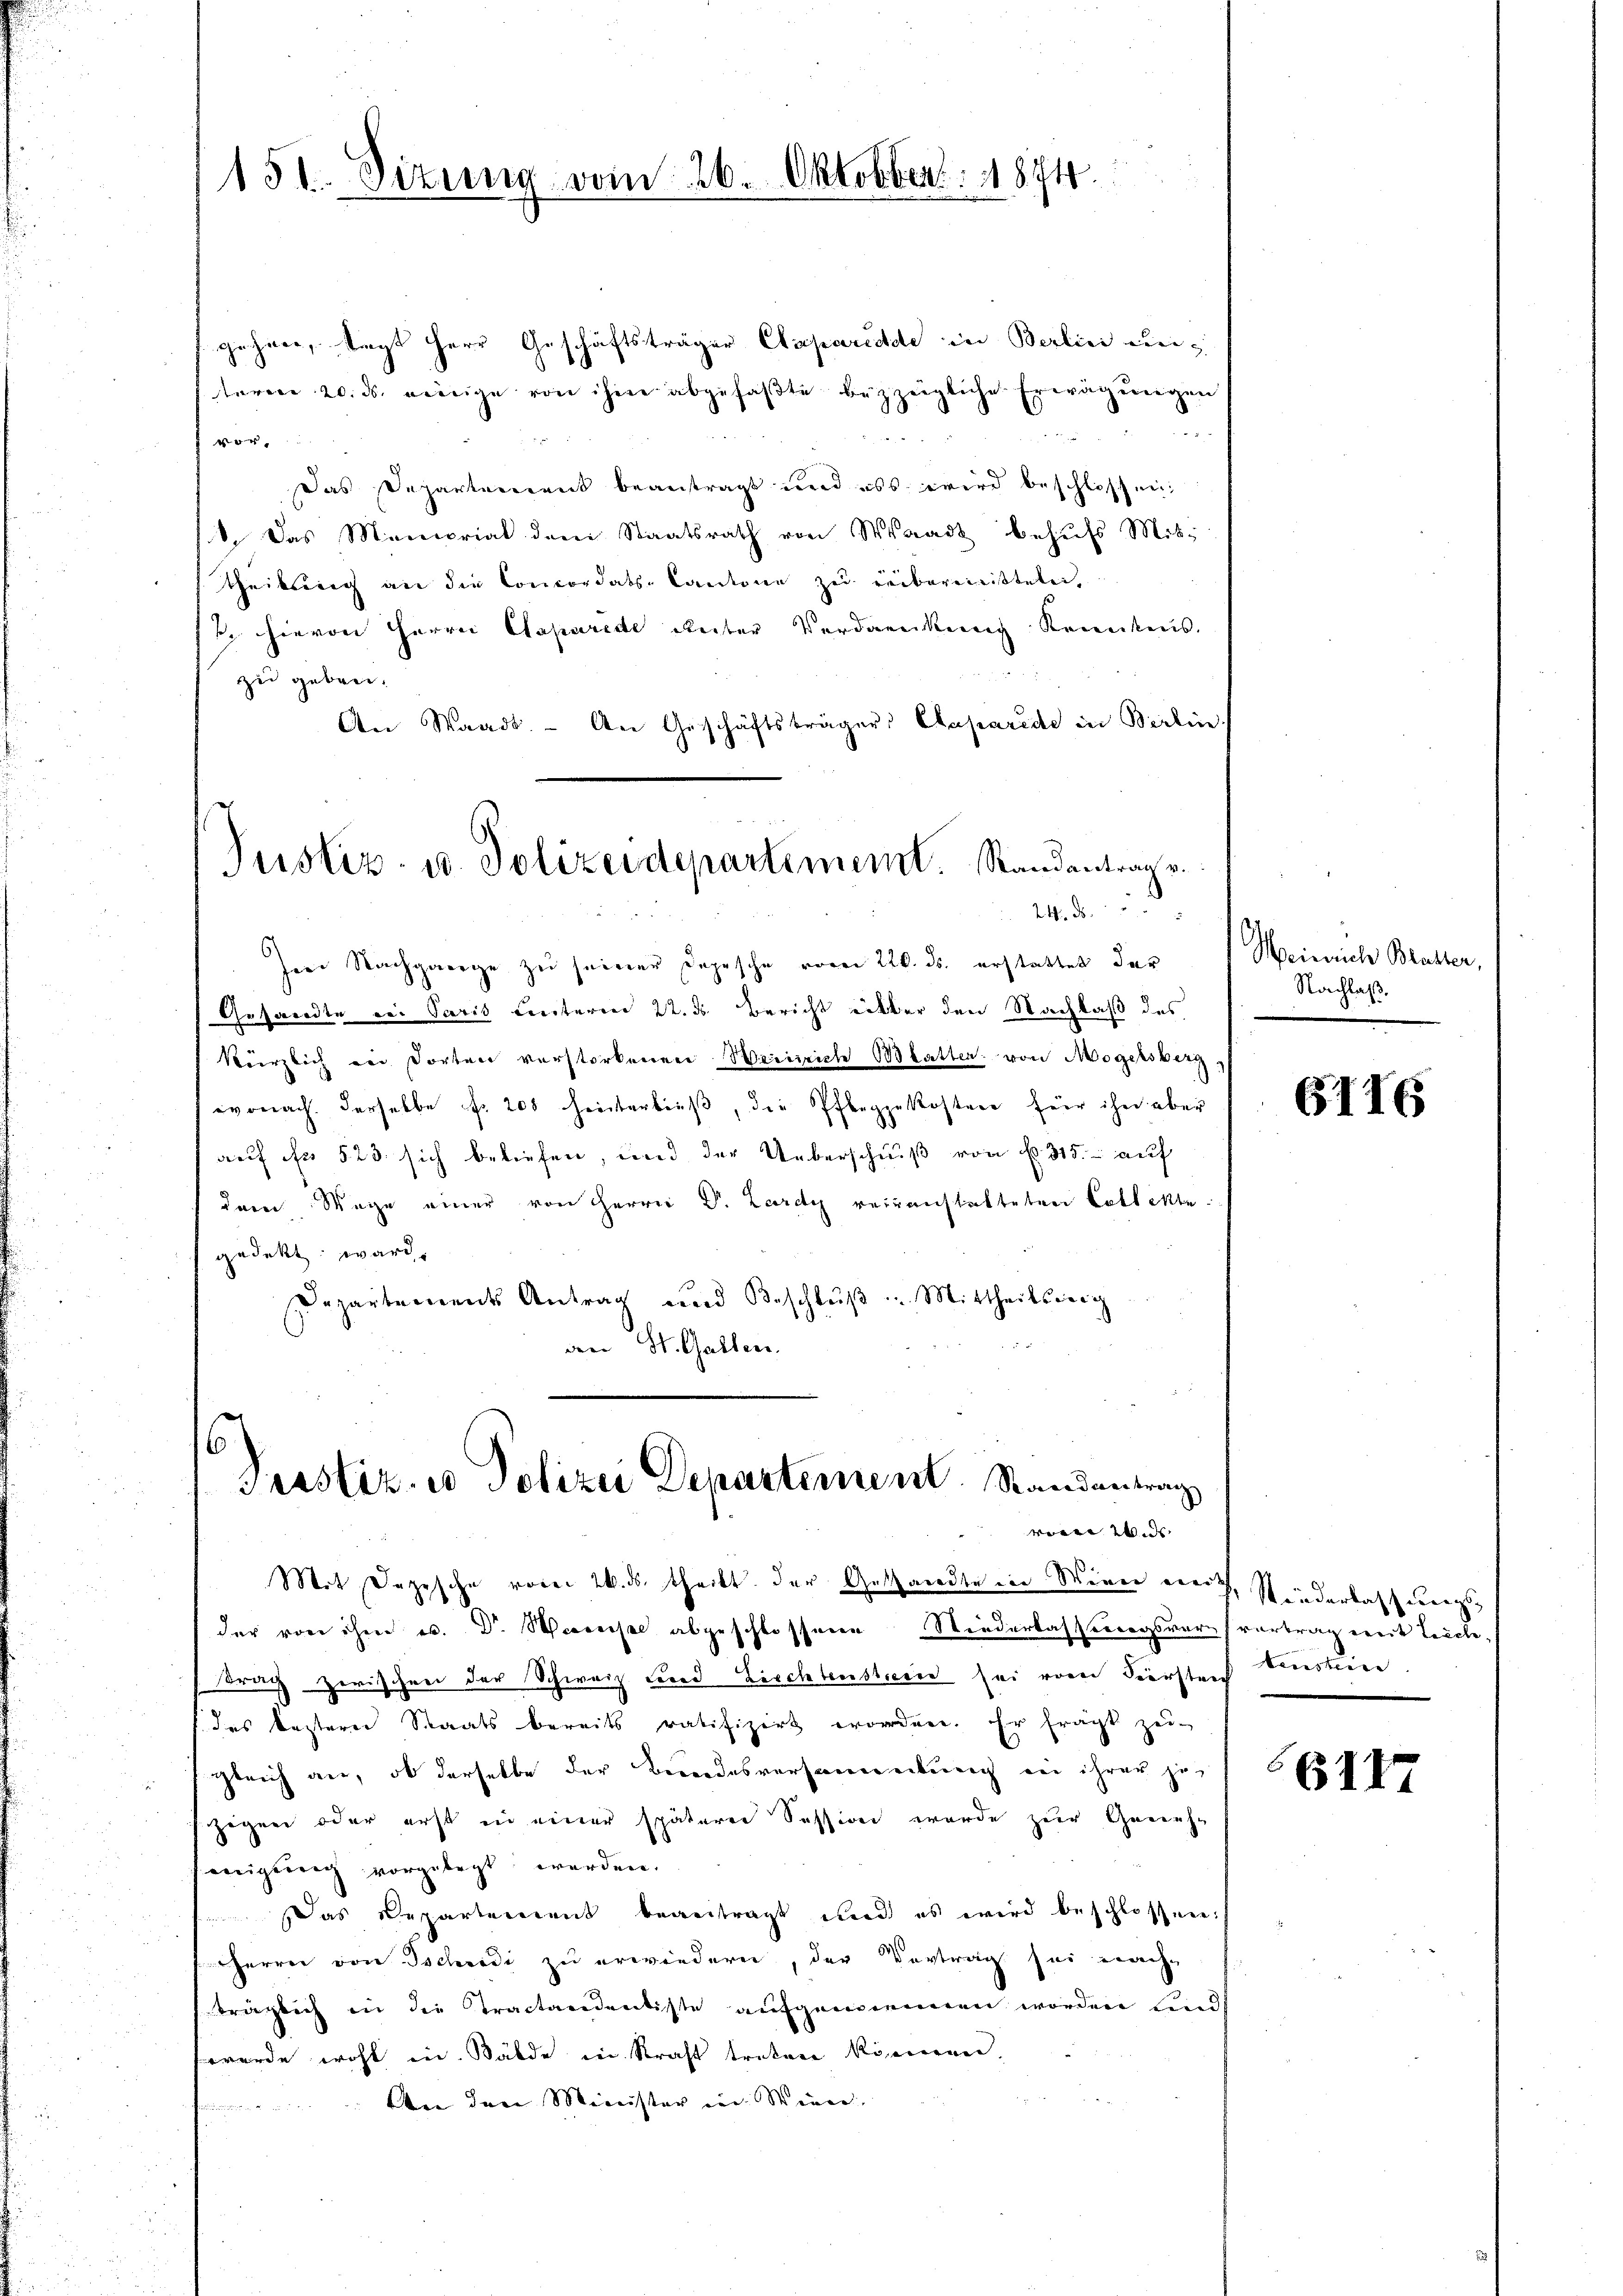
151. Sizung vom 26. Oktobber. 1874.

gehöre, sagt Herr Geschäftsträger Caparidde in Berlin untarere 20. ds. wenige von ihm abgefaßte bezzeigliche Erwägungen
8
vor
Das Departement beantragt und ass wird beschlossen:
. Das Memorial dem Staatsrath von Waadt behŭfs Mit-
theilung an die Concordats-Cantone zu reibereistete,
. hievon Herrn Capurede Reiter Verdankung konntens.
zu geben.
An Staadt. - An Geschäftsträgers Caparede in Berlin

Justiz- u. Polizeidepartiment. Randantrag v.
24. d.

Im Nachgange zu seiner Depesche vom 220. ds. erstattet der
Gesandte der Paris unterm 22. ds. Bericht über den Nachlaß des
kürzlich von dorten verstorbenen Weinrich Blatten, von Mogelsberg
vonach derselbe f. 208 hinterließ, die Pfleggekostere für ihn aber
auf fr 523. sich beliefen, und der Ueberschniß von f. 315. auf
dem Wege einer von Herrn Dr. Lardy veranstatteten Collekte.
gedekt ward.
Departements Antrag und Beschlŭβ " Mittheils eig
an St. Gallen.

6
Prastiz, es Polizei Departement. Randantrag
verne Wid

Mit Depesche voren 26. ds. theilt der Gethandte ein Miner errich, Rinderlassungsder von ihm u. Dr. Wassel abgeschlossene Wiederlasstragsversvertrag ereit Leiche,
trag zwischen der Schweiz Fried Fischtensterie sei vom Försten Fenstein
des besterer Staats bereits ratifizirt worden. Er fragt zu
gleich an, ob derselbe der Bundesversamereiburg an ihrer jezigen oder erst in einer späterer Session wurde zur Geneheigung vorgelegt werden.
Das Departement beantragt und es wird beschlossen
Herrn von Tschudi zu erwiedern, der Vortrag sei nach
träglich in die Tractandentiste aufgemeinen worden und
wurde wohl in Bälde in Kraft tretere Kinderen.
Oben dere Minister in Sinne,

Heinrich Blaster,
Nachlaß.

G176

6117